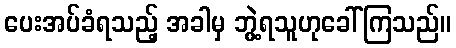
ပေးအပ်ခံရသည့် အခါမှ ဘွဲ့ရသူဟုခေါ်ကြသည်။